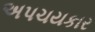
અપચયકાર